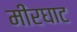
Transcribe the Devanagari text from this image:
मीरघाट